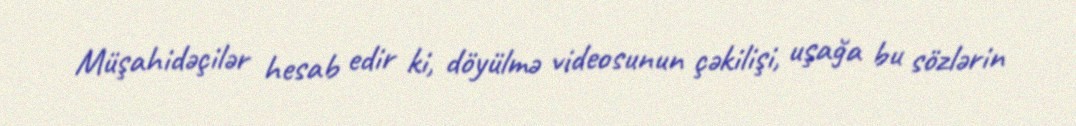
Müşahidəçilər hesab edir ki, döyülmə videosunun çəkilişi, uşağa bu sözlərin